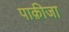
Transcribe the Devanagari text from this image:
पाक़ीजा